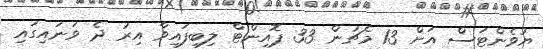
ޔުވެންޓަސް އަށް 13 މެޗުން 33 ޕޮއިންޓް ލިބިފައިވާ އިރު ދެ ވަނައިގައި